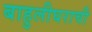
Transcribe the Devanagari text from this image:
बाहुलीघराची